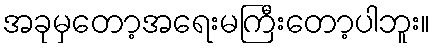
အခုမှတော့အရေးမကြီးတော့ပါဘူး။